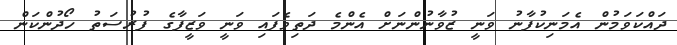
ދައްކަވަމުން އެމަނިކުފާނު ވަނީ ޒުވާނުންނަށް އެންމެ ދަތިވެފައި ވަނީ ވަޒީފާގެ ފުރުސަތު ހޯދުންކަން